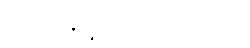
ကျွန်မ မျှော်လင့်ထားသည်။